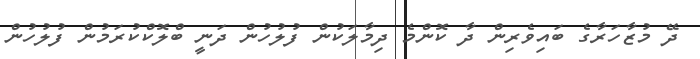
ދޭ މުޒާހަރާގެ ބައިވެރިން ދާ ކޮންމެ ދިމާލަކުން ފުލުހުން ދަނީ ބްލޮކްކުރަމުން ފުލުހުން